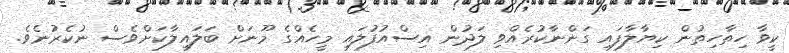
ކީވާ ހިތާހިތުން ކިޔާލާފައި ގަންނާކުރެއްވި ލަދުން އިސްއުފުލައި މީހެއްގެ މޫނަށް ބަލައިލާކަށްވެސް ނުކެރުނެވެ.